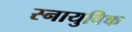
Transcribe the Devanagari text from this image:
स्नायुविक